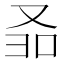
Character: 𱑵